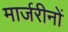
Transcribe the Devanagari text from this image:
मार्जरीनों